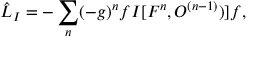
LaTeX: { \hat { \cal L } } _ { I } = - \sum _ { n } ( - g ) ^ { n } f { \cal I } [ { \cal F } ^ { n } , { \cal O } ^ { ( n - 1 ) } ) ] f ,